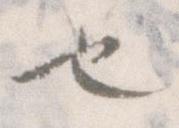
也